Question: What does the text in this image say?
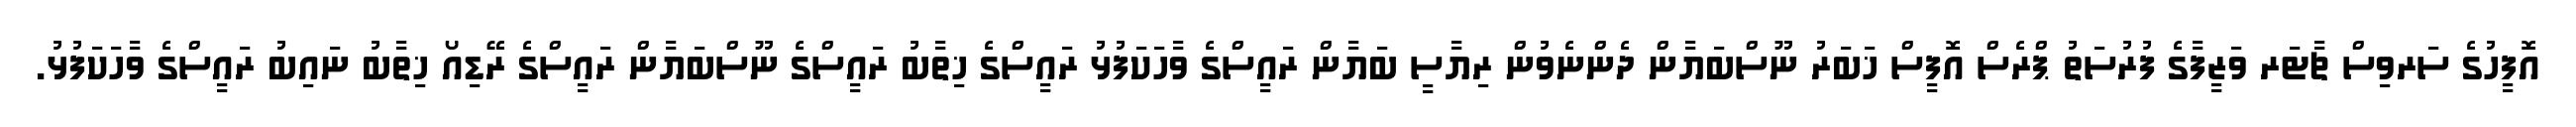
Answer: އޮފީހުގެ ސަރވިސް ޗާޓަރ ވަޒީފާގެ ފުރުސަތު ޕްރެސް އޮފީސް ޚަބަރު ނޫސްބަޔާން ދެންނެވުން ރިޔާސީ ބަޔާން ރައީސްގެ ވާހަކަފުޅު ރައީސްގެ ޚިތާބު ރައީސްގެ ނޫސްބަޔާން ރައީސްގެ ރޭޑިއޯ ޚިތާބު ނައިބު ރައީސްގެ ވާހަކަފުޅު.